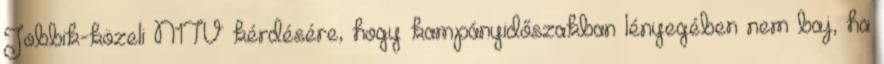
Jobbik-közeli N1TV kérdésére, hogy kampányidőszakban lényegében nem baj, ha